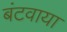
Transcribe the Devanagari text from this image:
बंटवाया